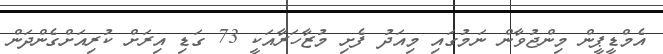
އެމްޑީޕީން މިންޖުވާން ނަމުގައި މިއަދު ފެށި މުޒާހަރާއަކީ 73 ގަޑި އިރަށް ކުރިއަށްގެންދަން